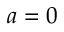
a = 0